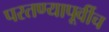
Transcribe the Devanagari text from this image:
परतण्यापूर्वीच